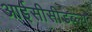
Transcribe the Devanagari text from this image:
आईसीसीडब्‍ल्‍यू